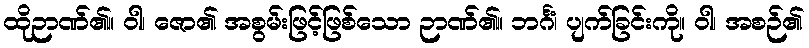
ထိုဉာဏ်၏။ ဝါ၊ ဇော၏ အစွမ်းဖြင့်ဖြစ်သော ဉာဏ်၏။ ဘင်္ဂံ၊ ပျက်ခြင်းကို။ ဝါ၊ အစဉ်၏